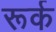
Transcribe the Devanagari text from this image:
रूर्क